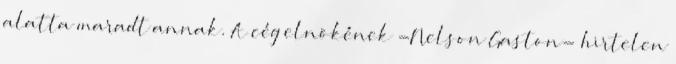
alatta maradt annak. A cég elnökének -Nelson Gaston- hirtelen